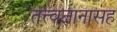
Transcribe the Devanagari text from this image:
तत्त्वज्ञानासह